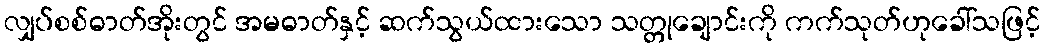
လျှပ်စစ်ဓာတ်အိုးတွင် အမဓာတ်နှင့် ဆက်သွယ်ထားသော သတ္တုချောင်းကို ကက်သုတ်ဟုခေါ်သဖြင့်